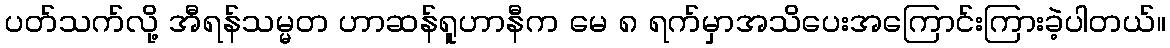
ပတ်သက်လို့ အီရန်သမ္မတ ဟာဆန်ရူဟာနီက မေ ၈ ရက်မှာအသိပေးအကြောင်းကြားခဲ့ပါတယ်။